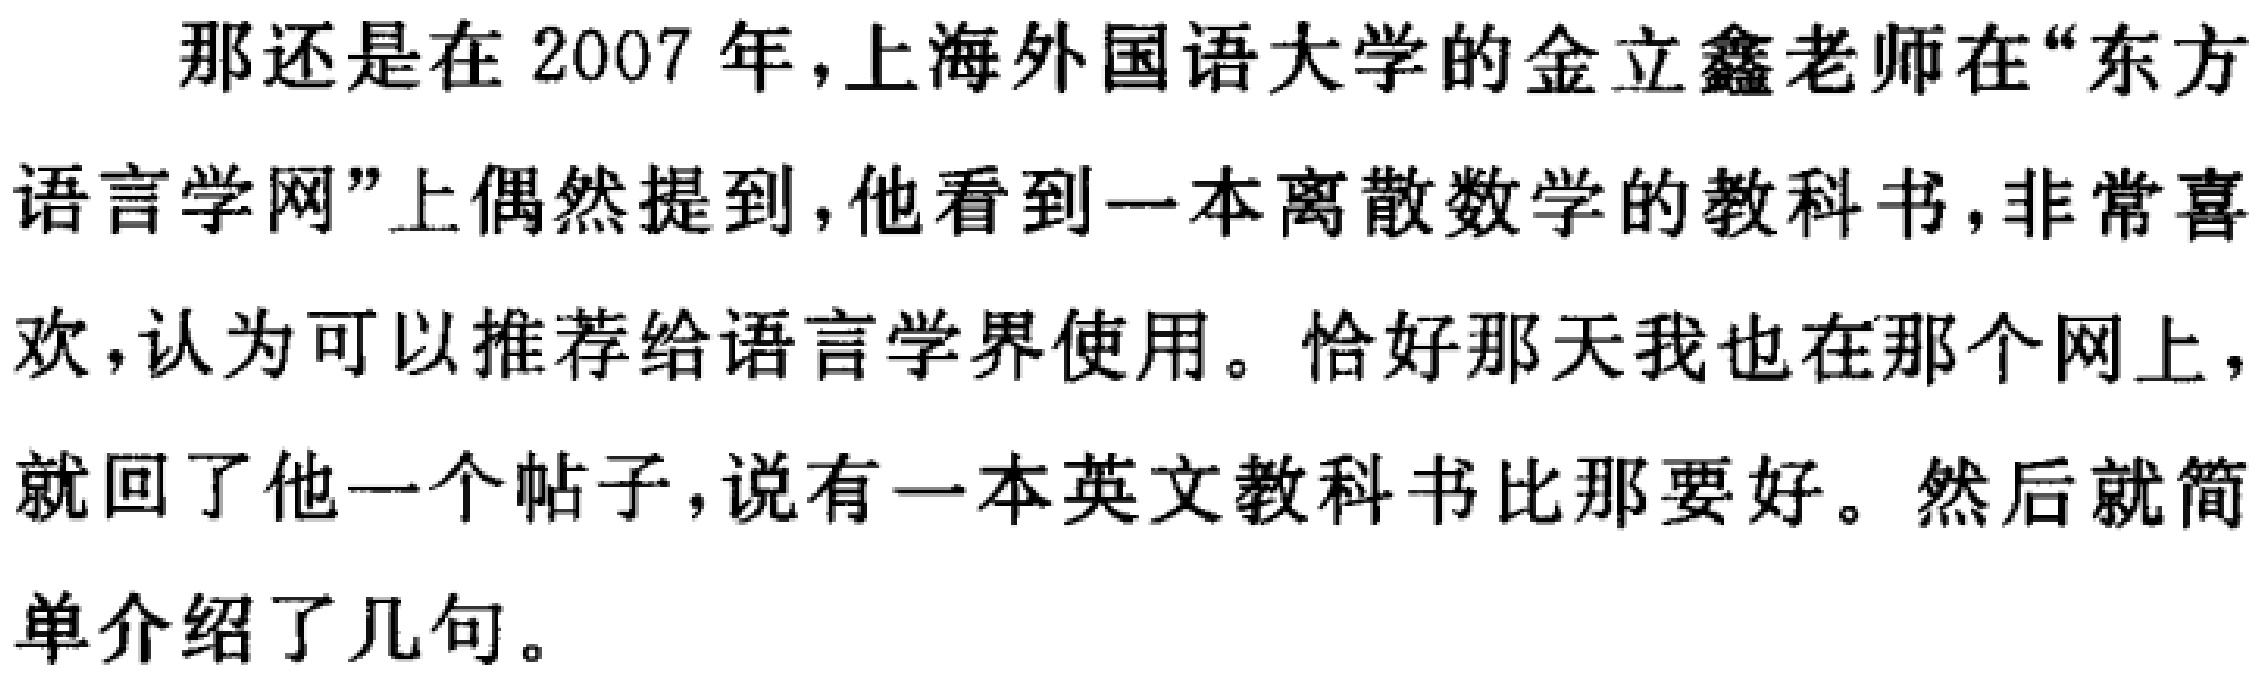
那还是在2007年，上海外国语大学的金立鑫老师在“东方语言学网”上偶然提到，他看到一本离散数学的教科书，非常喜欢，认为可以推荐给语言学界使用。恰好那天我也在那个网上，就回了他一个帖子，说有一本英文教科书比那要好。然后就简单介绍了几句。